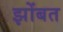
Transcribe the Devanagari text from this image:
झोंबत